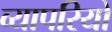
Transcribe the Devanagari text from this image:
व्यापरियो